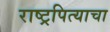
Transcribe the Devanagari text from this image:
राष्ट्रपित्याचा